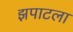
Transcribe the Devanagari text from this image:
झपाटला